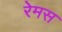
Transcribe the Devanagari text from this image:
रेमस